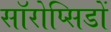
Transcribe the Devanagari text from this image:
सॉरोप्सिडों